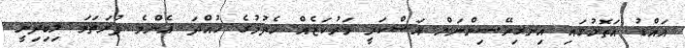
އައްޑު އަތޮޅުގައި އިނގިރޭސިންނަށް އަސްކަރީ މަރުކަޒެއް ހެދުމުގެ ހުއްދަ އެންމެ ފުރަތަމަ ލިބިދިނީ